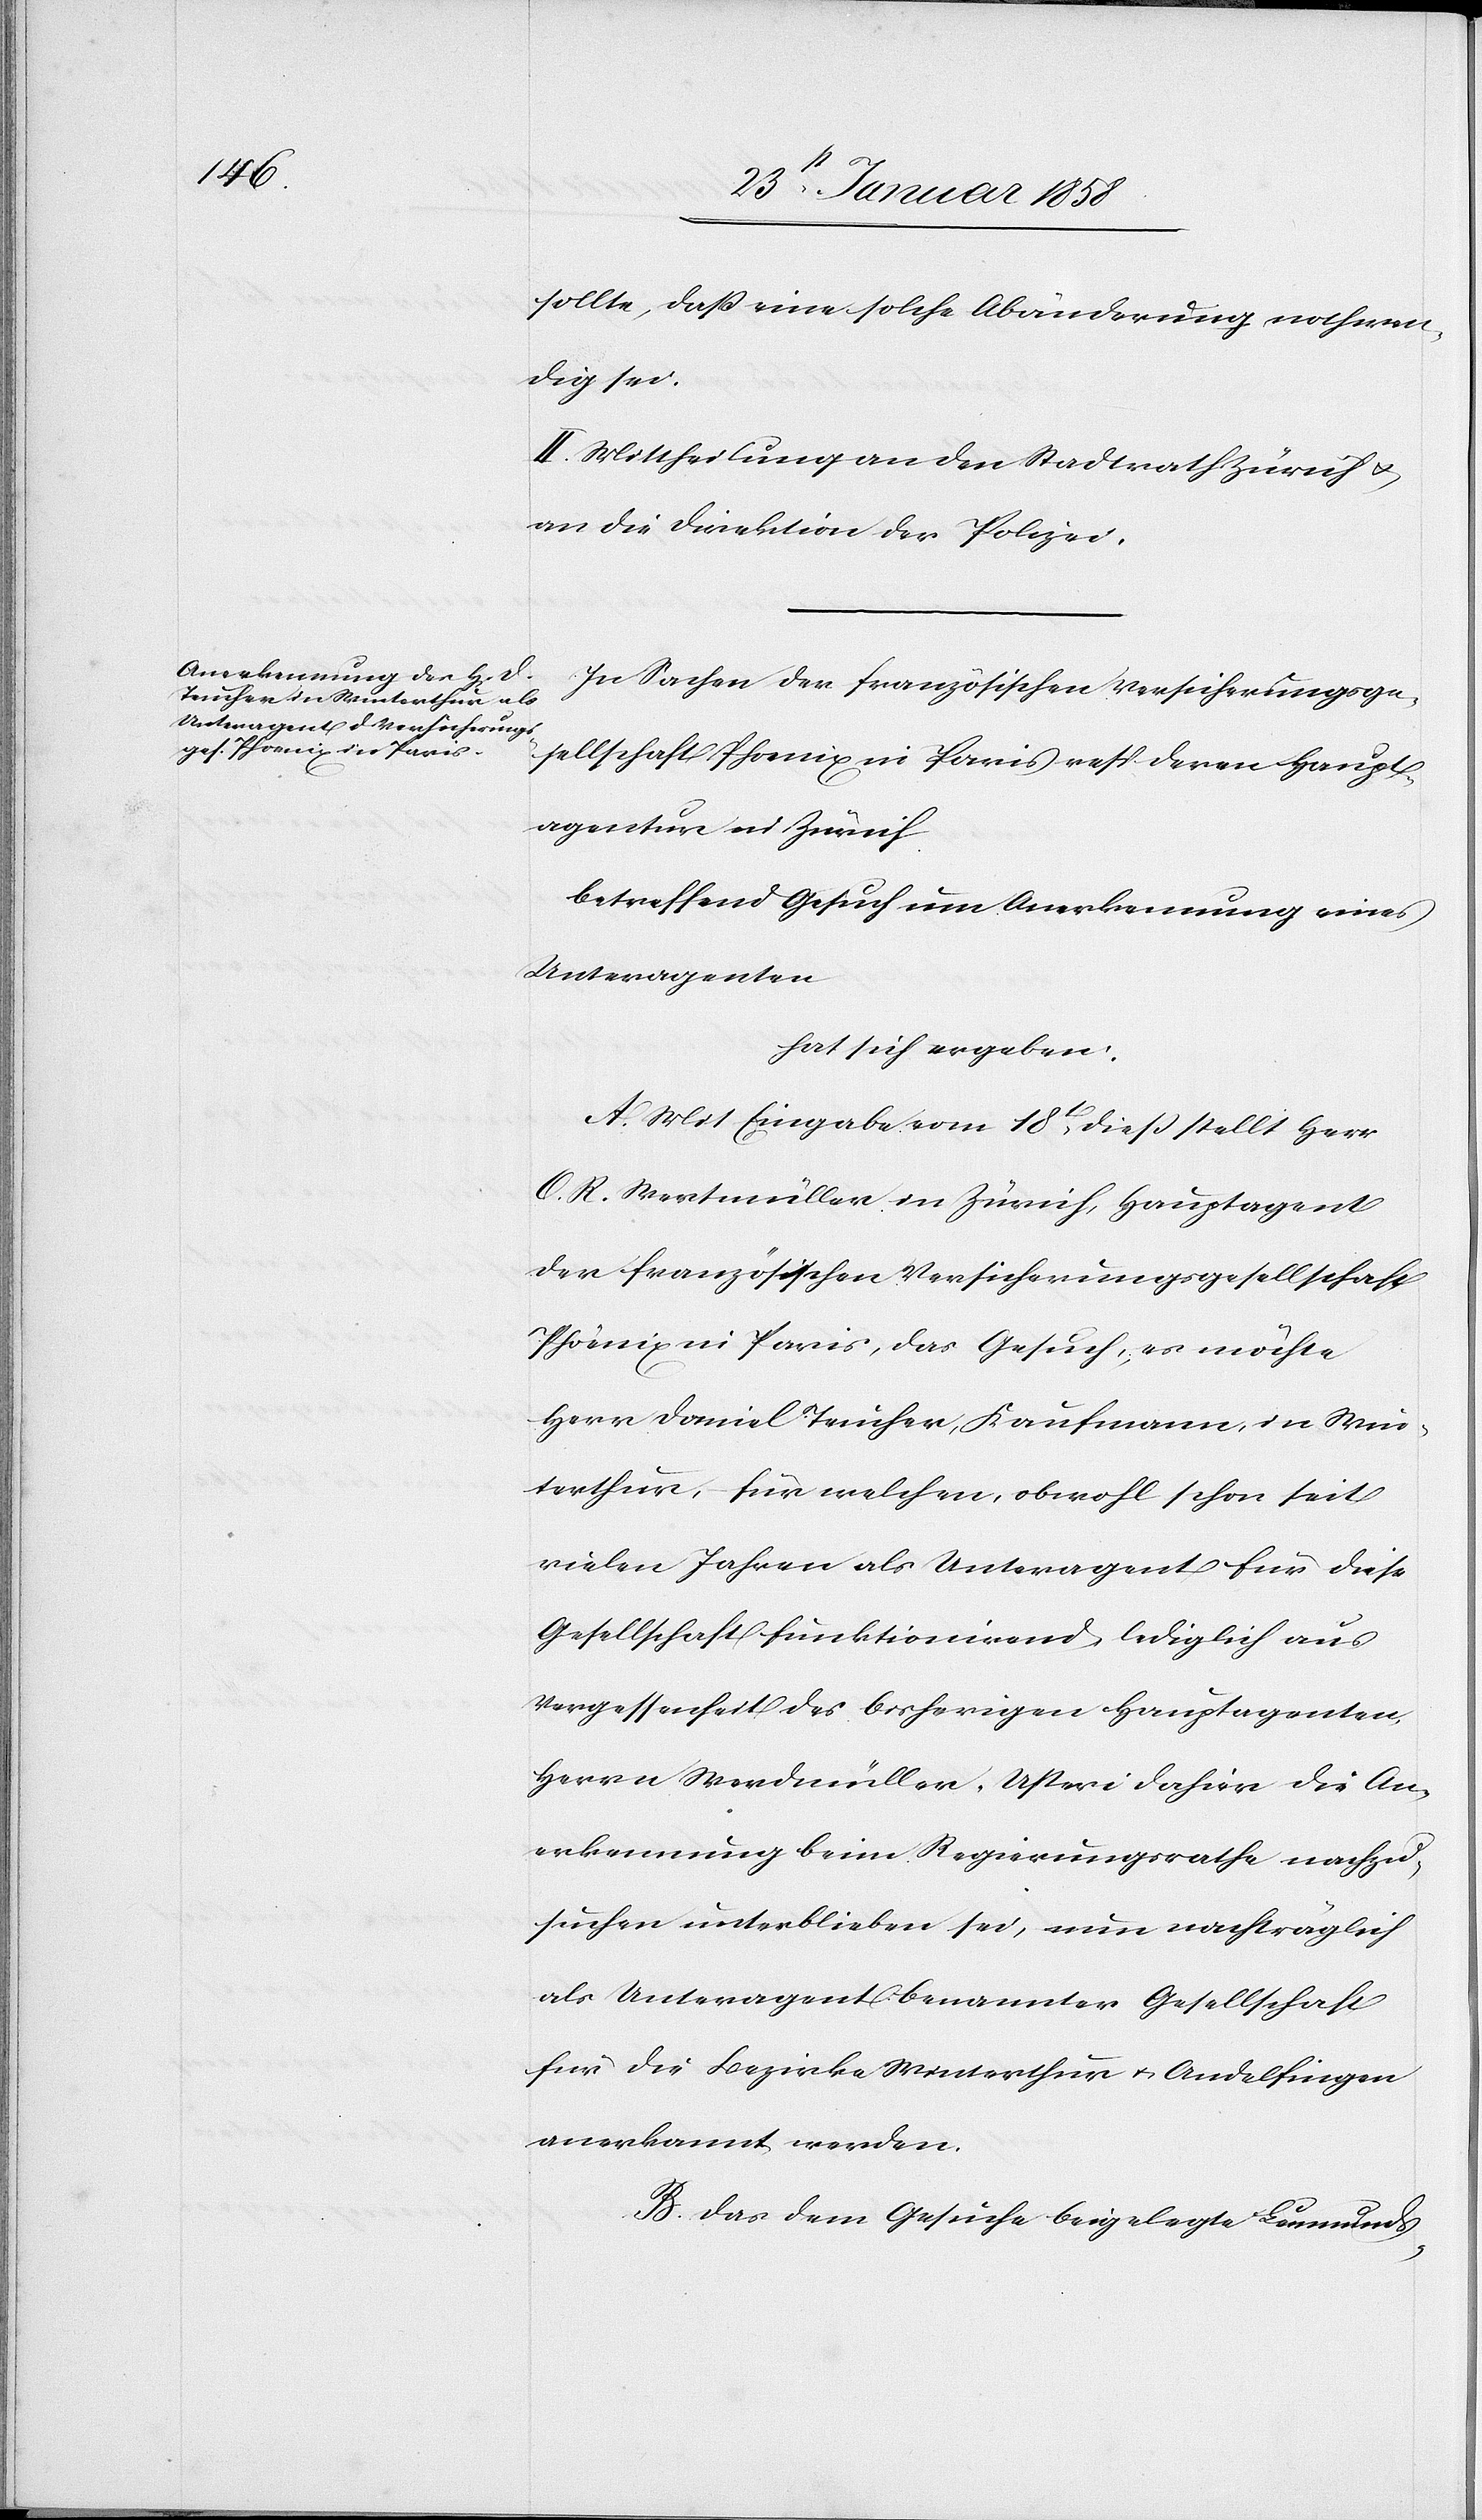
sollte, daß eine solche Abänderung nothwen¬
dig sei.
II. Mittheilung an den Stadtrath Zürich u.
an die Direktion der Polizei.
In Sachen der französischen Versicherungsge¬
sellschaft Phoenix in Paris resp. deren Haupt¬
agentur in Zürich
betreffend Gesuch um Anerkennung eines
Unteragenten
hat sich ergeben:
A. Mit Eingabe vom 18t dieß stellt Herr
O. R. Wertmüller in Zürich, Hauptagent
der französischen Versicherungsgesellschaft
Phoenix in Paris, das Gesuch, es möchte
Herr Daniel Teucher, Kaufmann, in Win¬
terthur, für welchen, obwohl schon seit
vielen Jahren als Unteragent für diese
Gesellschaft funktionirend, lediglich aus
Vergessenheit des bisherigen Hauptagenten,
Herrn Werdmüller-Usteri dahier die An¬
erkennung beim Regierungsrathe nachzu¬
suchen unterblieben sei, nun nachträglich
als Unteragent benannter Gesellschaft
für die Bezirke Winterthur u. Andelfingen
anerkannt werden.
B. Das dem Gesuche beigelegte Leumunds-